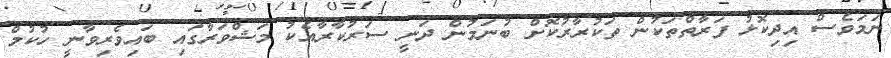
ނަމަވެސް އިދިކޮޅު ފަރާތްތަކުން ތަކުރާރުކޮށް ބުނަމުން ދަނީ ސަރުކާރާއެކު މަޝްވަރާގައި ބައިވެރިވާނީ ހުކުމް